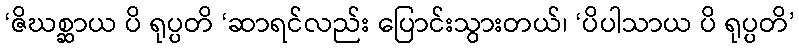
‘ဇိဃစ္ဆာယ ပိ ရုပ္ပတိ ‘ဆာရင်လည်း ပြောင်းသွားတယ်၊ ‘ပိပါသာယ ပိ ရုပ္ပတိ’